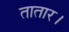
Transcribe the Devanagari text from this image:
तातार।